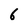
Character: 6